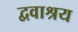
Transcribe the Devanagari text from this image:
द्ववाश्रय